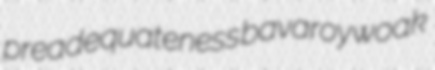
preadequateness bavaroy woak